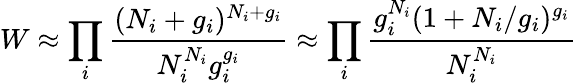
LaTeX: W\approx\prod_{i}{\frac{(N_{i}+g_{i})^{N_{i}+g_{i}}}{N_{i}^{N_{i}}g_{i}^{g_{i}}}}\approx\prod_{i}{\frac{g_{i}^{N_{i}}(1+N_{i}/g_{i})^{g_{i}}}{N_{i}^{N_{i}}}}